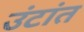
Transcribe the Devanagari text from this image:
उंटांत